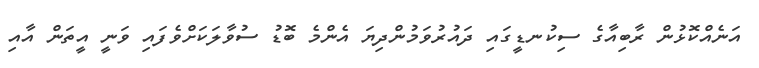
އަނެއްކޮޅުން ރާބިއާގެ ސިކުނޑީގައި ދައުރުވަމުންދިޔަ އެންމެ ބޮޑު ސުވާލަކަށްވެފައި ވަނީ އީތަން އާއި